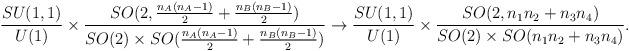
LaTeX: \begin{align*}\frac{SU(1,1)}{U(1)}\times\frac{SO(2,\frac{n_A(n_A-1)}{2}+\frac{n_B(n_B-1)}{2} )}{SO(2)\times SO(\frac{n_A(n_A-1)}{2}+\frac{n_B(n_B-1)}{2}) } \to\frac{SU(1,1)}{U(1)}\times \frac{SO(2,n_1 n_2 + n_3 n_4)}{SO(2)\times SO(n_1 n_2 + n_3 n_4) }.\end{align*}